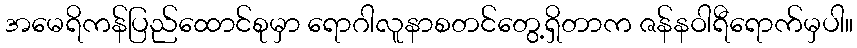
အမေရိကန်ပြည်ထောင်စုမှာ ရောဂါလူနာစတင်တွေ့ရှိတာက ဇန်နဝါရီရောက်မှပါ။